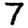
Digit: 7